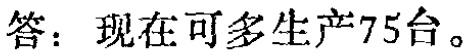
答：现在可多生产75台。